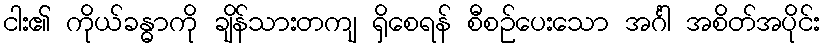
ငါး၏ ကိုယ်ခန္ဓာကို ချိန်သားတကျ ရှိစေရန် စီစဉ်ပေးသော အင်္ဂါ အစိတ်အပိုင်း